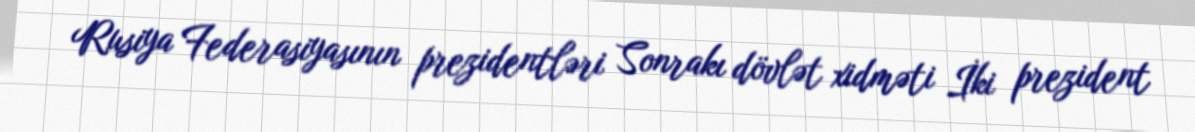
Rusiya Federasiyasının prezidentləri Sonrakı dövlət xidməti İki prezident